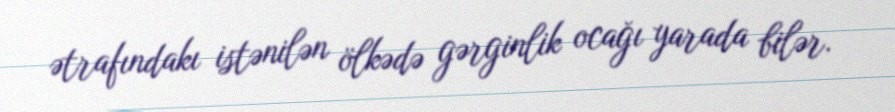
ətrafındakı istənilən ölkədə gərginlik ocağı yarada bilər.